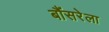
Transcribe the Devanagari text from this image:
बौंसरेला